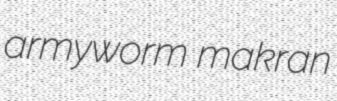
armyworm makran